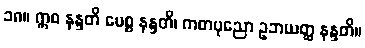
၁၈။ ဣဓ နန္ဒတိ ပေစ္စ နန္ဒတိ၊ ကတပုညော ဥဘယတ္ထ နန္ဒတိ။